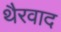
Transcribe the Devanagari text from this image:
थैरवाद